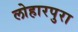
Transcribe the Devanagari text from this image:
लोहारपुरा